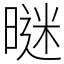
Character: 𣉢